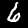
Digit: 6